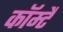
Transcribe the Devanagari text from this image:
कॉम्टै